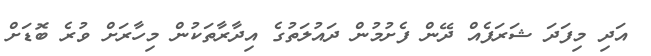
އަދި މިފަދަ ޝަރަފެއް ދޭން ފެށުމުން ދައުލަތުގެ އިދާރާތަކުން މިހާރަށް ވުރެ ބޮޑަށް